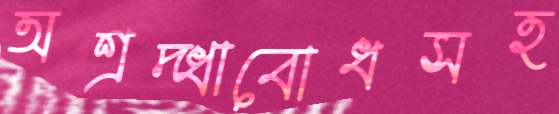
অশ্রদ্ধাবোধসহ